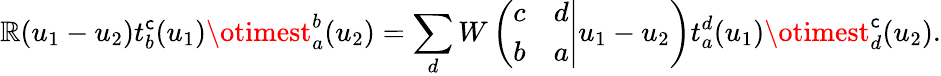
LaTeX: \mathbb{R}(u_{1}-u_{2})t_{b}^{\mathsf{c}}(u_{1})\otimest_{a}^{b}(u_{2})=\sum_{d}W\left(\left.\begin{array}{cc}{{c}}&{{d}}\\ {{b}}&{{a}}\end{array}\right|u_{1}-u_{2}\right)t_{a}^{d}(u_{1})\otimest_{d}^{\mathsf{c}}(u_{2}).